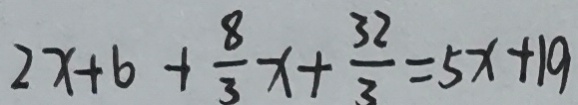
2 x + 6 + \frac { 8 } { 3 } x + \frac { 3 2 } { 3 } = 5 x + 1 9